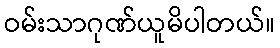
ဝမ်းသာဂုဏ်ယူမိပါတယ်။